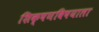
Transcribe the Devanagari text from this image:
शिक्षणविषयाला